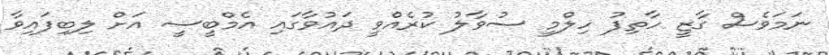
ނަމަވެސް ގާޒީ ހާތިފު ހިލްމީ ސުވާލު ކުރެއްވީ ދައުވާގައި އެމްބީސީ އަށް ލިބިފައިވާ